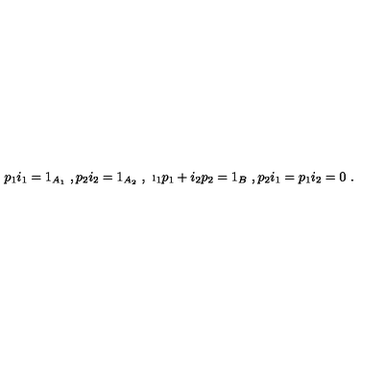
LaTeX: p _ { 1 } i _ { 1 } = 1 _ { A _ { 1 } } \ , p _ { 2 } i _ { 2 } = 1 _ { A _ { 2 } } \ , \ \i _ { 1 } p _ { 1 } + i _ { 2 } p _ { 2 } = 1 _ { B } \ , p _ { 2 } i _ { 1 } = p _ { 1 } i _ { 2 } = 0 \ .